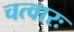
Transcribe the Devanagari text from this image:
चत्वारः